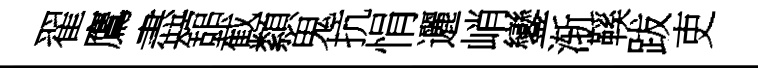
翟鷹盡舘截纇鬼抗悁邐峭鑾渐鞵跋吏